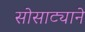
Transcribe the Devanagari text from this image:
सोसाट्याने